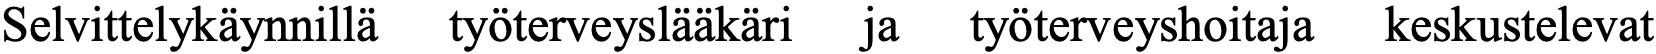
Selvittelykäynnillä työterveyslääkäri ja työterveyshoitaja keskustelevat